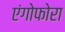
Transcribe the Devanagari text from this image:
एंगोफोरा